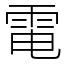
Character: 電